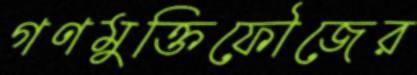
গণমুক্তিফৌজের